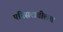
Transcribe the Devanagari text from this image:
परिसरातीलच